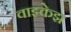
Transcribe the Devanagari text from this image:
वाझ्केझ